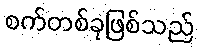
စက်တစ်ခုဖြစ်သည်